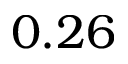
0 . 2 6